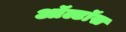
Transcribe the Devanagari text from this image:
ऑल्टॉस